Lunatic asylums Central Provinces reports 1874-1885 - 1874-1885
Year: 1874
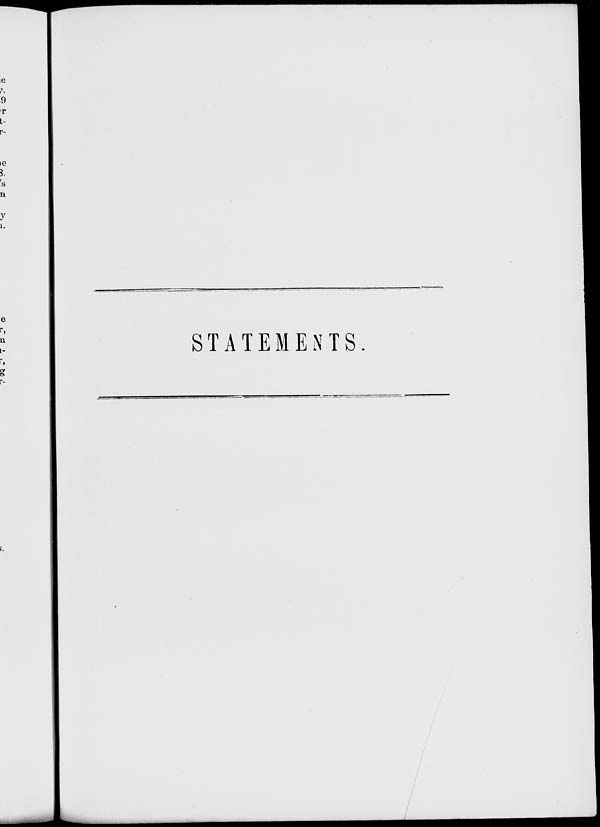
STATEMENTS.